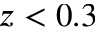
z < 0 . 3